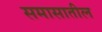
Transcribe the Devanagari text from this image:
समासातील